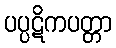
ပပ္ပဋိကပတ္တာ